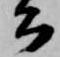
公